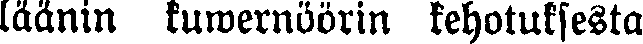
läänin kuwernöörin kehotuksesta